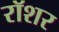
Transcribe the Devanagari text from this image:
रॉशर